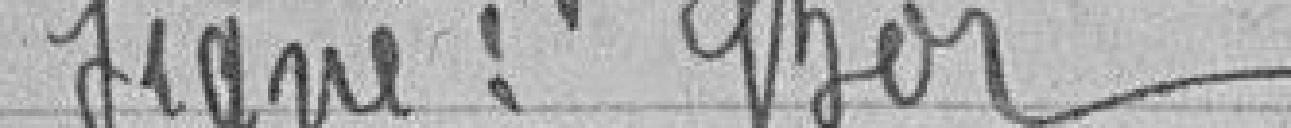
Signé : Bor